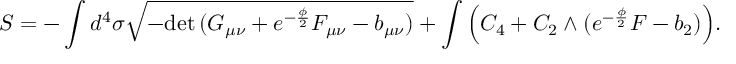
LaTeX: S = - \int d ^ { 4 } \sigma \sqrt { - \mathrm { d e t } \, ( G _ { \mu \nu } + e ^ { - \frac { \phi } { 2 } } F _ { \mu \nu } - b _ { \mu \nu } ) } + \int \Big ( C _ { 4 } + C _ { 2 } \wedge ( e ^ { - \frac { \phi } { 2 } } F - b _ { 2 } ) \Big ) .